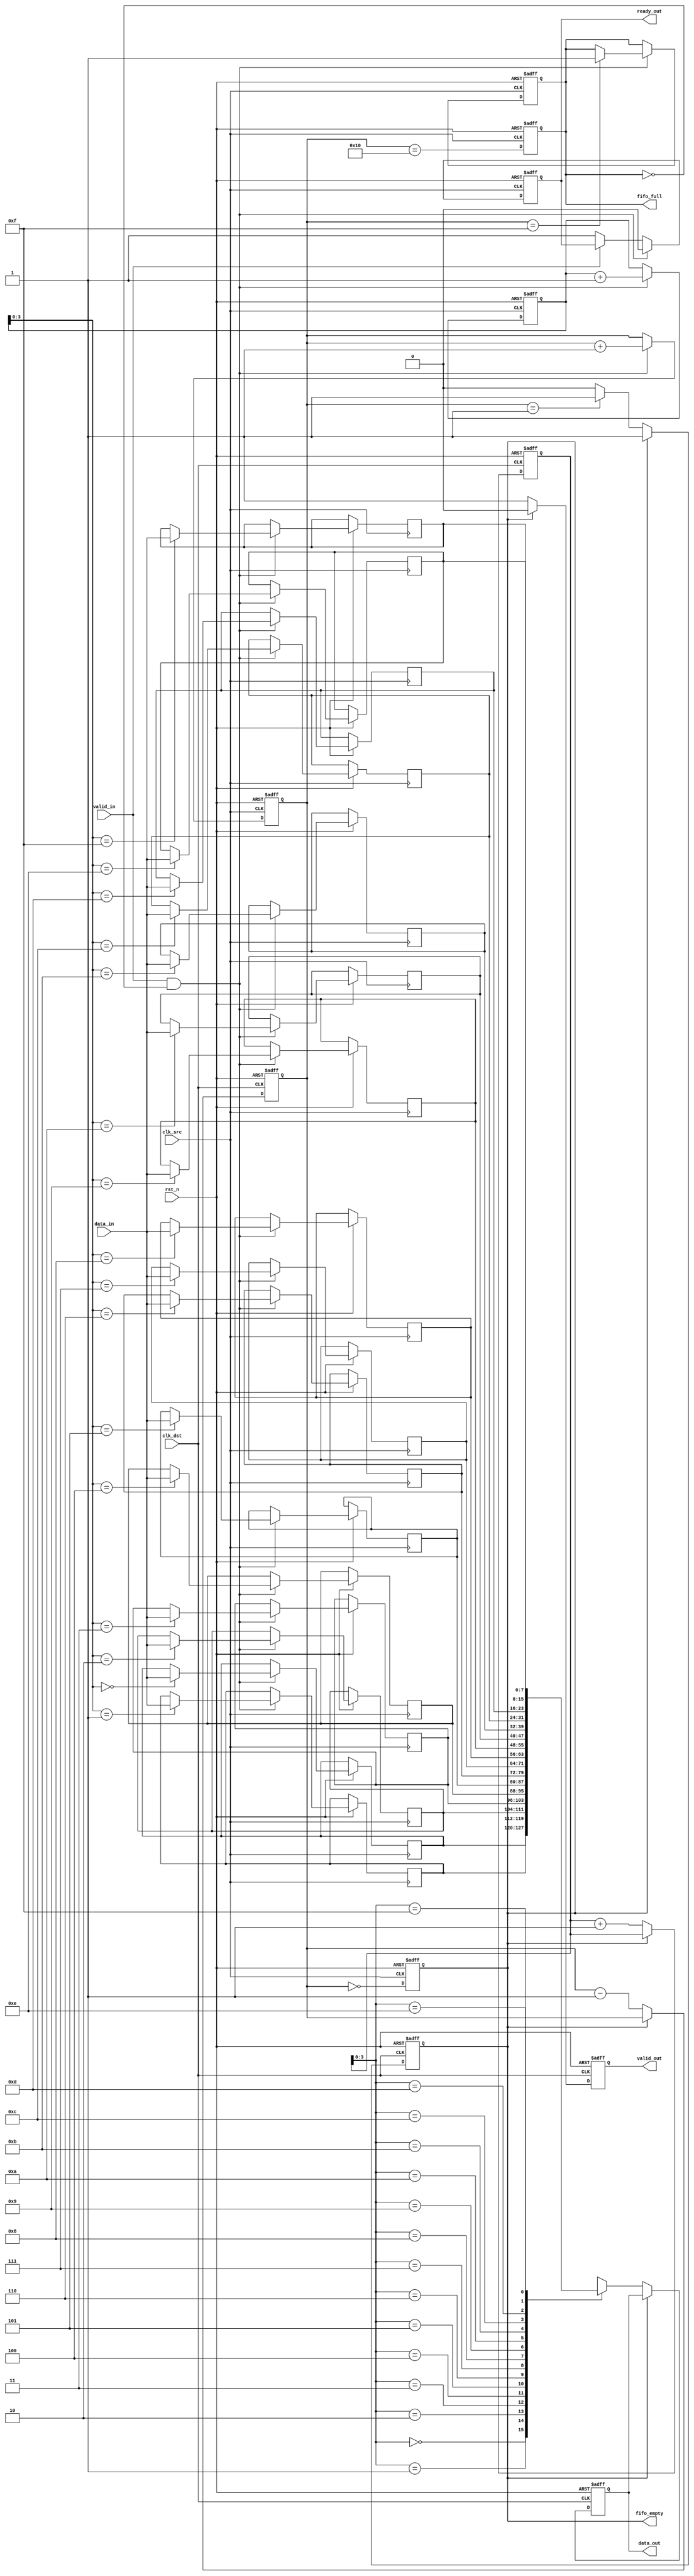
module fifo_sync #(
    parameter DATA_WIDTH = 8,
    parameter FIFO_DEPTH = 16
)(
    input wire clk_src,                  // Source clock
    input wire clk_dst,                  // Destination clock
    input wire rst_n,                    // Active low reset
    input wire [DATA_WIDTH-1:0] data_in, // Data input from upstream
    input wire valid_in,                 // Valid signal from upstream
    output reg ready_out,                // Ready signal for upstream
    output reg [DATA_WIDTH-1:0] data_out, // Data output to downstream
    output reg valid_out,                // Valid signal for downstream
    output reg fifo_full,                // FIFO full indicator
    output reg fifo_empty                // FIFO empty indicator
);

    // FIFO buffer
    reg [DATA_WIDTH-1:0] fifo_mem [0:FIFO_DEPTH-1];
    reg [4:0] wr_ptr; // Write pointer
    reg [4:0] rd_ptr; // Read pointer
    reg [4:0] fifo_count; // Number of items in FIFO

    // Synchronization registers for valid signal
    reg valid_in_sync_1, valid_in_sync_2;

    // Write operation in source clock domain
    always @(posedge clk_src or negedge rst_n) begin
        if (!rst_n) begin
            wr_ptr <= 0;
            fifo_count <= 0;
            fifo_full <= 1'b0;
            ready_out <= 1'b1;
        end else begin
            if (valid_in && !fifo_full) begin
                fifo_mem[wr_ptr] <= data_in;
                wr_ptr <= wr_ptr + 1;
                fifo_count <= fifo_count + 1;
                if (fifo_count == FIFO_DEPTH - 1)
                    fifo_full <= 1'b1;
                ready_out <= 1'b0; // Not ready if writing
            end else if (!valid_in) begin
                ready_out <= 1'b1; // Ready if no valid data
            end
        end
    end

    // Read operation in destination clock domain
    always @(posedge clk_dst or negedge rst_n) begin
        if (!rst_n) begin
            rd_ptr <= 0;
            fifo_count <= 0;
            fifo_empty <= 1'b1;
            valid_out <= 1'b0;
            data_out <= 0;
        end else begin
            if (!fifo_empty) begin
                data_out <= fifo_mem[rd_ptr];
                rd_ptr <= rd_ptr + 1;
                fifo_count <= fifo_count - 1;
                valid_out <= 1'b1;
                if (fifo_count == 1)
                    fifo_empty <= 1'b1; // Set empty if last item read
            end else begin
                valid_out <= 1'b0; // No valid data if FIFO is empty
            end
        end
    end

    // FIFO empty/full logic
    always @(posedge clk_src or negedge rst_n) begin
        if (!rst_n) begin
            fifo_empty <= 1'b1;
            fifo_full <= 1'b0;
        end else begin
            fifo_empty <= (fifo_count == 0);
            fifo_full <= (fifo_count == FIFO_DEPTH);
        end
    end

    // Synchronize valid signal across clock domains
    always @(posedge clk_dst or negedge rst_n) begin
        if (!rst_n) begin
            valid_in_sync_1 <= 1'b0;
            valid_in_sync_2 <= 1'b0;
        end else begin
            valid_in_sync_1 <= valid_in; // First stage of synchronization
            valid_in_sync_2 <= valid_in_sync_1; // Second stage of synchronization
        end
    end

endmodule